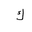
Letter: _kaf